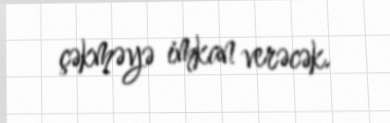
çəkməyə imkan verəcək.